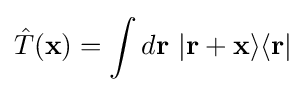
{\hat {T}}(\mathbf {x} )=\int d\mathbf {r} ~|\mathbf {r+x} \rangle \langle \mathbf {r} |